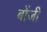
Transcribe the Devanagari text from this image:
बोंजी